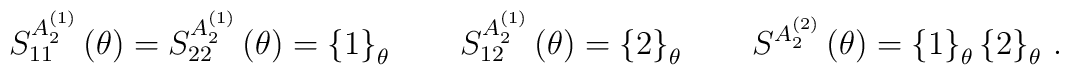
S_{11}^{A_{2}^{(1)}}\left( \theta \right) =S_{22}^{A_{2}^{(1)}}\left( \theta\right) =\left\{ 1\right\} _{\theta }\qquad S_{12}^{A_{2}^{(1)}}\left(\theta \right) =\left\{ 2\right\} _{\theta }\qquad S^{A_{2}^{(2)}}\left(\theta \right) =\left\{ 1\right\} _{\theta }\left\{ 2\right\} _{\theta }\,.